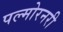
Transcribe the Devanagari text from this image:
पल्मोरनरी